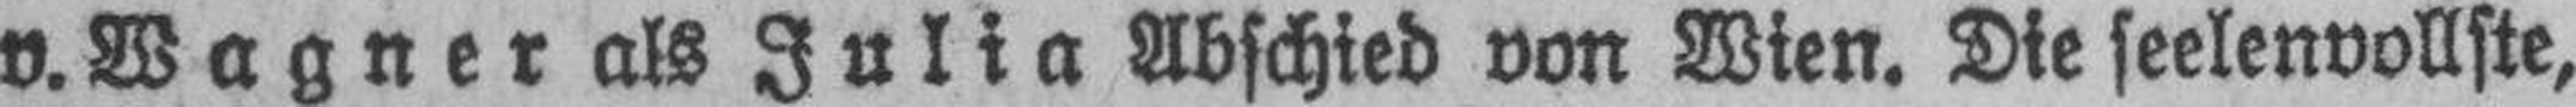
v. Wagner als Julia Abschied von Wien. Die seelenvollste,